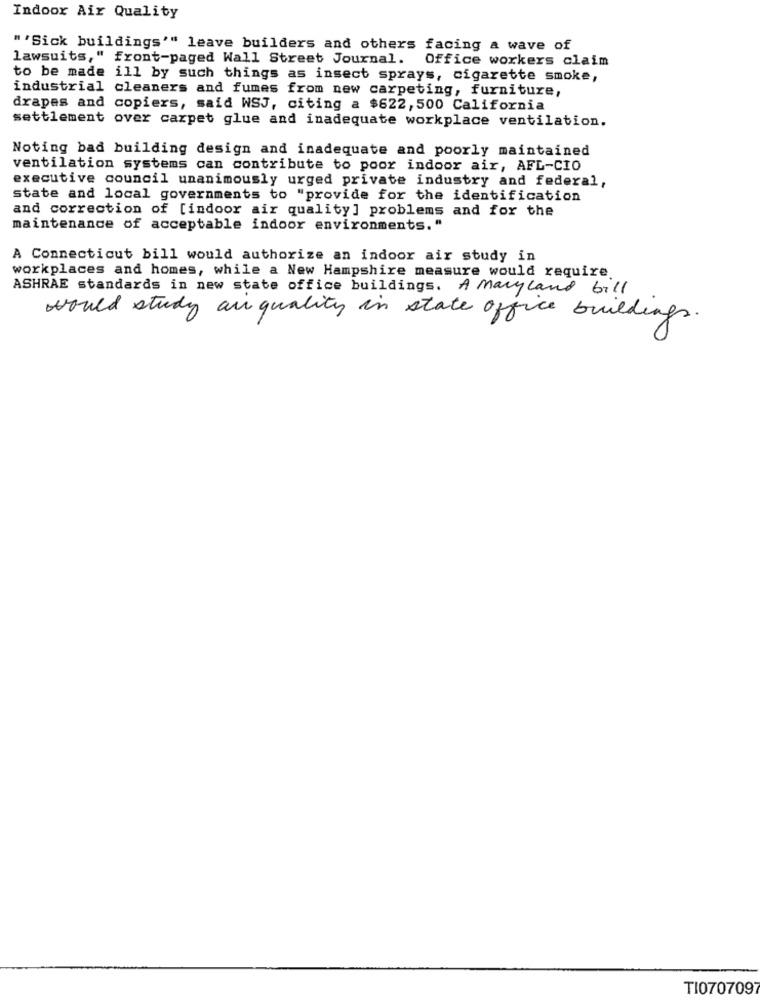
Indoor Air Quality
" "Sick buildings'" leave builders and others facing a wave of
lawsuits," front-paged Wall Street Journal.
Office workers claim
to be made ill by such things as insect sprays, cigarette smoke,
industrial cleaners and fumes from new carpeting, furniture,
drapes and copiers, said WSJ, citing a $622, 500 California
settlement over carpet glue and inadequate workplace ventilation.
Noting bad building design and inadequate and poorly maintained
ventilation systems can contribute to poor indoor air, AFL-CIO
executive council unanimously urged private industry and federal,
state and local governments to "provide for the identification
and correction of [indoor air quality] problems and for the
maintenance of acceptable indoor environments."
A Connecticut bill would authorize an indoor air study in
workplaces and homes, while a New Hampshire measure would require
ASHRAE standards in new state office buildings. A Maryland bill
would study an quality in state office buildings.
TI070709